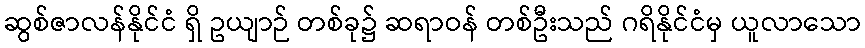
ဆွစ်ဇာလန်နိုင်ငံ ရှိ ဥယျာဉ် တစ်ခု၌ ဆရာဝန် တစ်ဦးသည် ဂရိနိုင်ငံမှ ယူလာသော